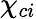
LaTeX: \chi_{ci}